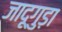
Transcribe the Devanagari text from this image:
जादूगुड़ा